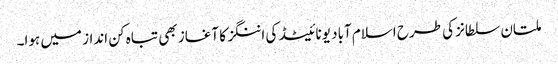
ملتان سلطانز کی طرح اسلام آباد یونائیٹڈ کی اننگز کا آغاز بھی تباہ کن انداز میں ہوا۔